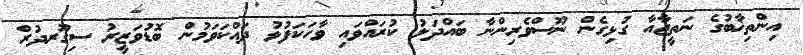
އިންތިޚާބުގެ ނަތީޖާއާ ގުޅިގެން ނޫސްވެރިންނާ ބައްދަލު ކުރައްވައި ވާހަކަފުޅު ދައްކަވަމުން ބޮޑުވަޒީރު ސިގޫރދުރް